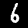
Label: 6